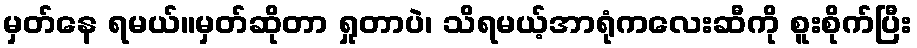
မှတ်နေ ရမယ်။မှတ်ဆိုတာ ရှုတာပဲ၊ သိရမယ့်အာရုံကလေးဆီကို စူးစိုက်ပြီး